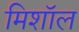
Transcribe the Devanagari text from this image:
मिशॉल